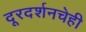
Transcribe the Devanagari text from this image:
दूरदर्शनचेही